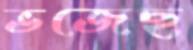
ভজেছ